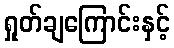
ရှုတ်ချကြောင်းနှင့်